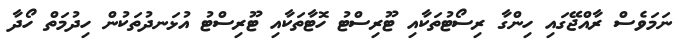
ނަމަވެސް ރާއްޖޭގައި ހިންގާ ރިސޯޓުތަކާއި ޓޫރިސްޓު ހޮޓާތަކާއި ޓޫރިސްޓު އުޅަނދުތަކުން ހިދުމަތް ހޯދާ